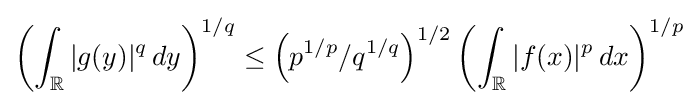
\left(\int _{\mathbb {R} }|g(y)|^{q}\,dy\right)^{1/q}\leq \left(p^{1/p}/q^{1/q}\right)^{1/2}\left(\int _{\mathbb {R} }|f(x)|^{p}\,dx\right)^{1/p}